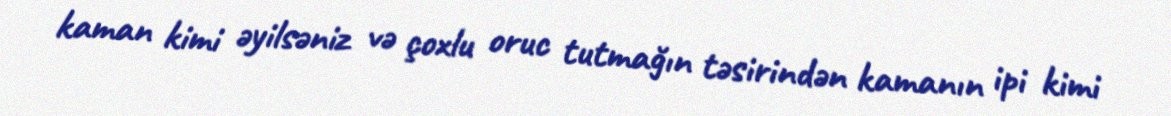
kaman kimi əyilsəniz və çoxlu oruc tutmağın təsirindən kamanın ipi kimi